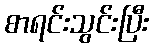
စာရင်းသွင်းပြီး